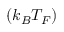
( k _ { B } T _ { F } )